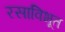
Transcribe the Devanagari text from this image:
रसाविभूत